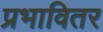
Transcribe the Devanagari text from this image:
प्रभावितर